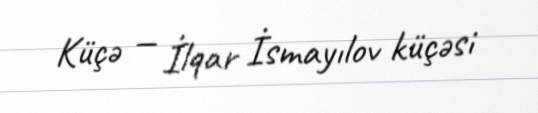
Küçə — İlqar İsmayılov küçəsi